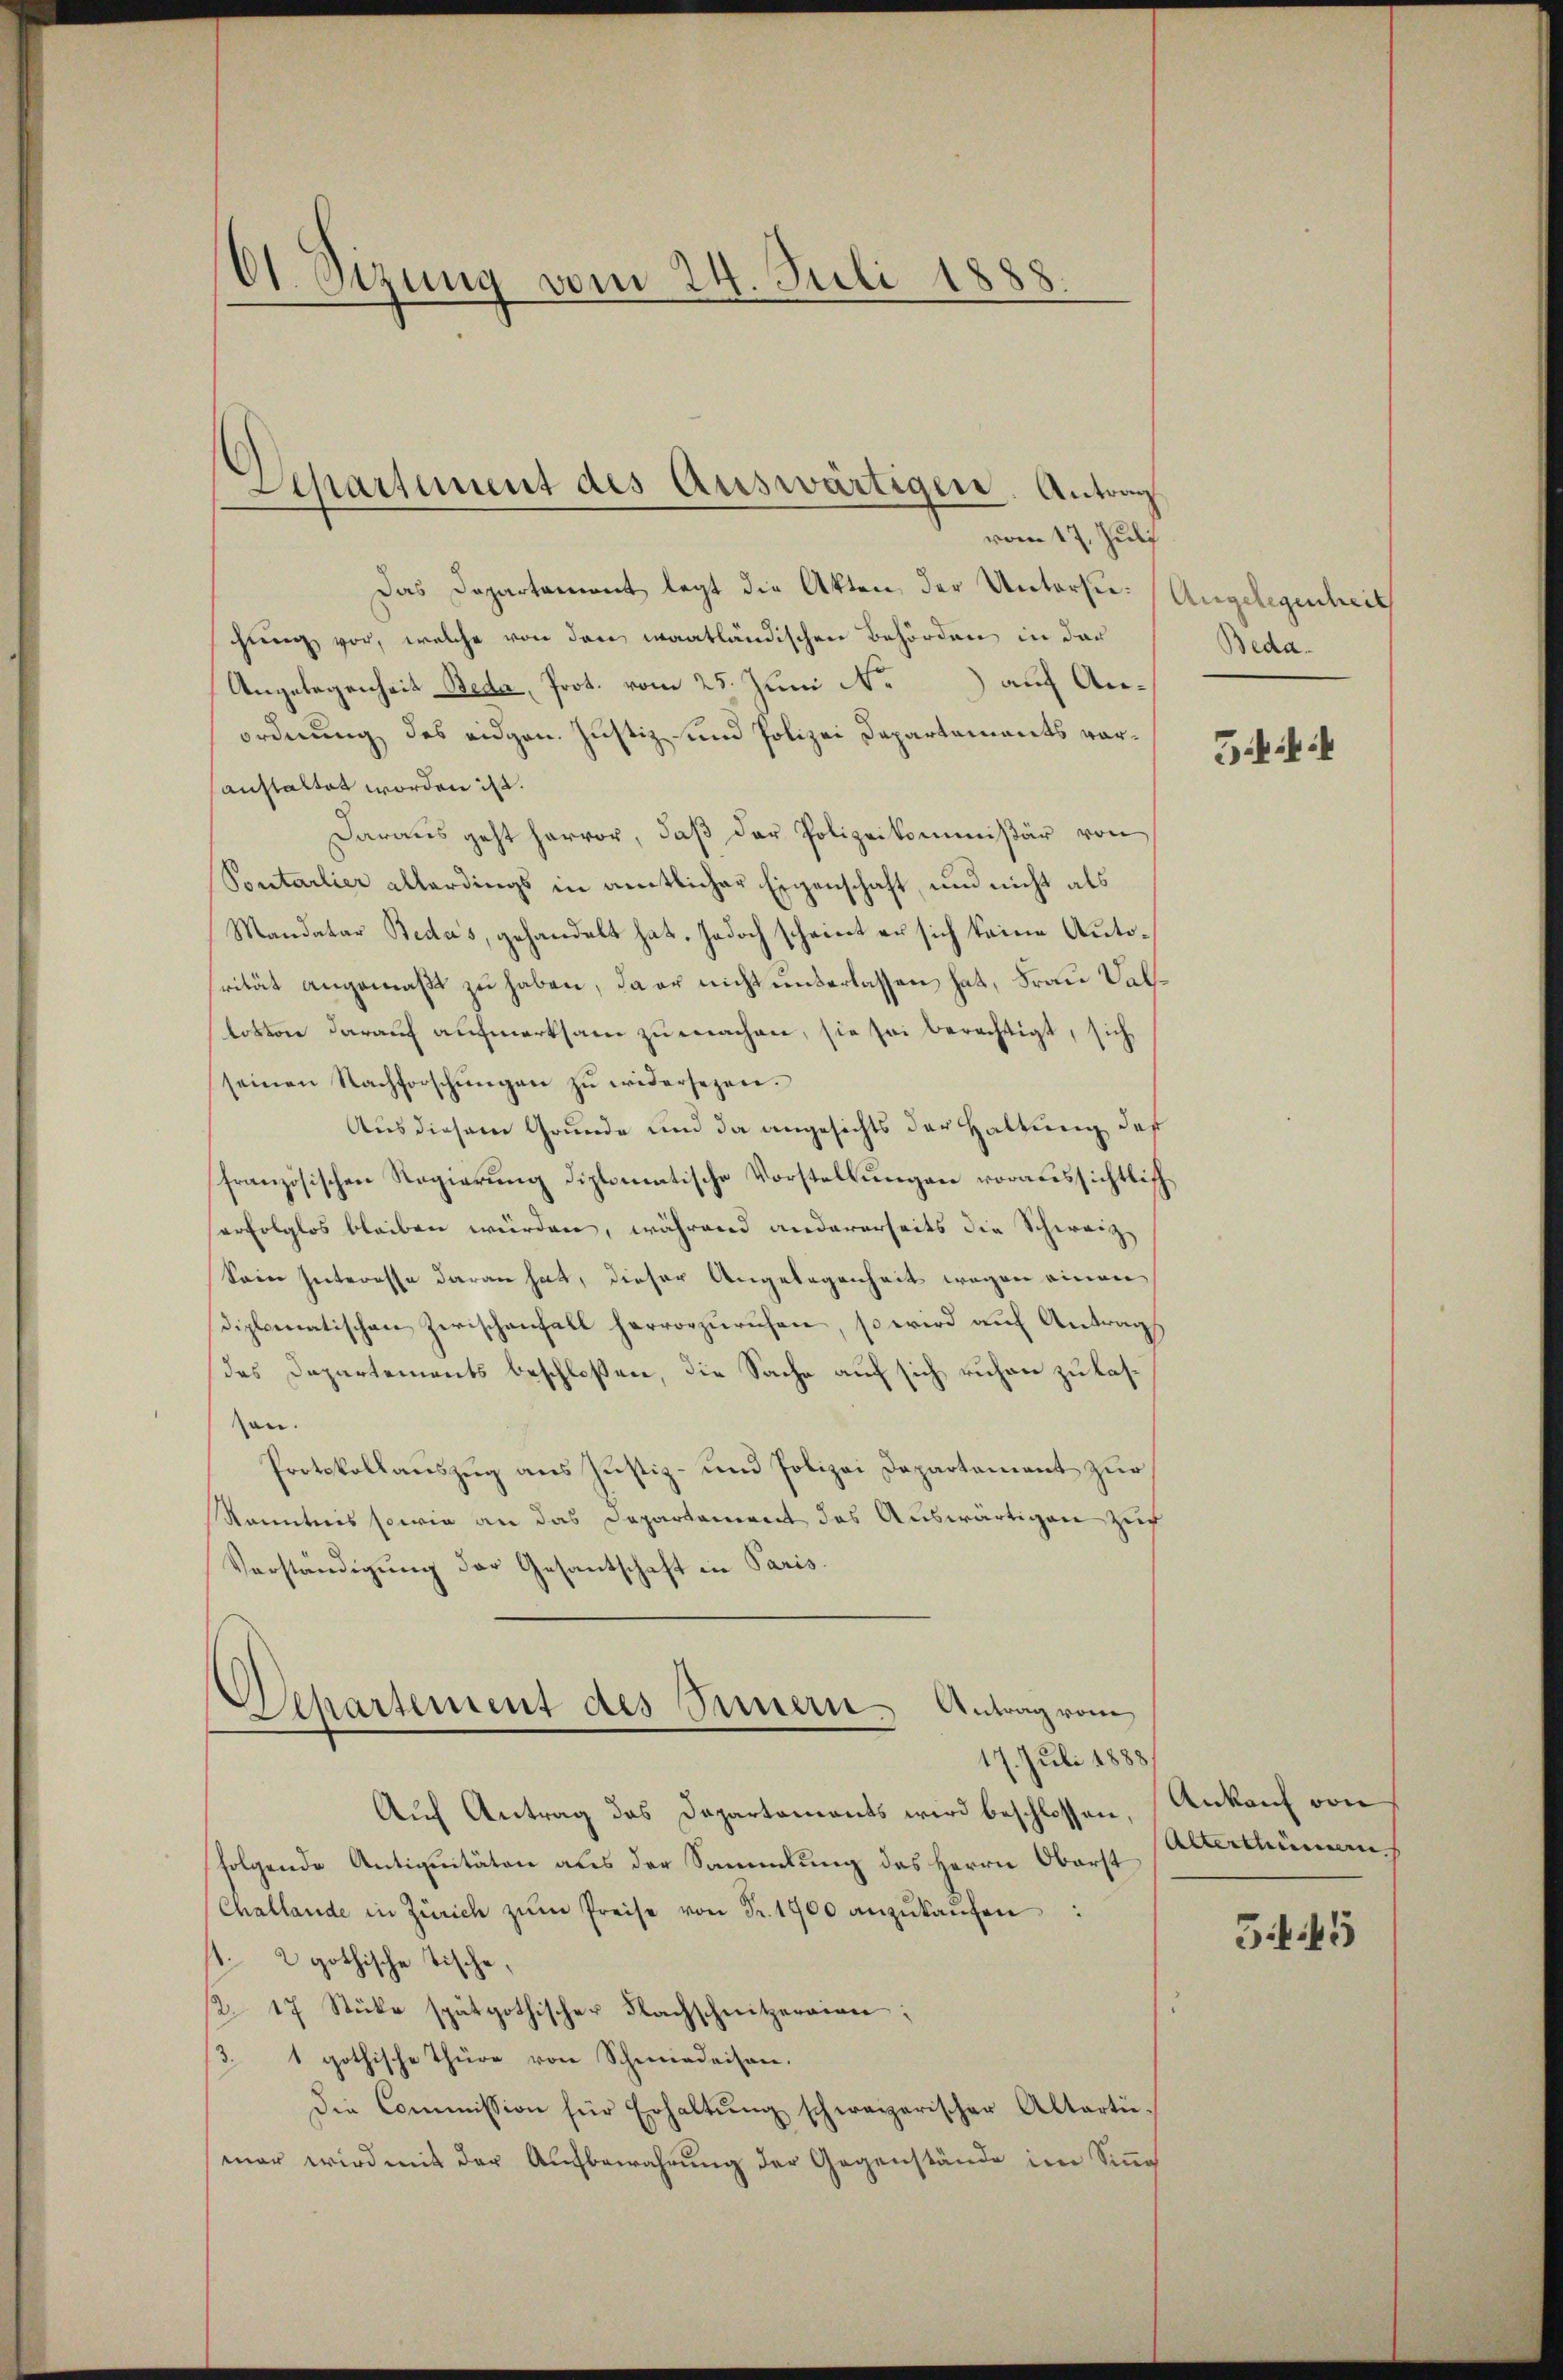
O1. Sizung vom 24. Juli 1888.

Das Departement legt die Akten der Untersie-Angelegenheit
chung vor, welche von den waatländischen Behörden in der
Angelegenheit Beda, Prot. vom 25. Juni N. auf Anordnung des eidgen. Justiz und Polizei Departements voranstaltet worden ist.
Daraus geht hervor, daß der Polizeikommißär von
Sontarlier allerdings in amtlicher Eigenschaft, und nicht als
Mandatar Beda's, gehandelt hat, jedoch scheint er sich keine Autorität angemäß zu haben, da er nicht unterlassen hat, Frau Sallotion darauf aufmerksam zu machen, sie sei berechtigt, sich
seinen Nachforschŭngen zŭ widersezen.
Aus diesem Grunde und da angesichts der Haltung des
französischen Regierung diplomatische Vorstellungen voraussichtlich.
serfolglos bleiben würden, während andererseits die Schweiz
Sein Interesse daran hat, dieser Angelegenheit wegen einen
diplomatischen Zwischenfall hervorzuruhen, so wird auf Antrag
des Departements beschloßen, die Sache auf sich ruhen zu laszen.
Protokollauszug aus Justiz- und Polizei Departement zur
kanntnis sowie an das Departement das Auswärtigen zuf
Verständigung der Gesantschaft in Paris.

Separtement des Auswärtigen, Antrag
vom 17. Juli

Separtement des Innern. Antrag vom
17. Juli 1888

Auf Antrag das Departaments wird beschlossen, Ankauf von
folgende Antiquitäten aus der Sammlung des Herrn Oberst
(Challande in Zürich zŭm Preise von Fr. 1700 anzŭkaŭfen:
. 2 gothische Tische,
/2 17 Stücke spätgothischer Flachschnitzeraien:
3. 1 gothische Thüre von Schmiedeisen,
Die Commission für Erhaltŭng schweizerischer Altarti-
mar wird mit der Aufbewahrung der Gegenstände im Sinne

Beda

51

Alterthümern

5.445